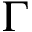
\Gamma